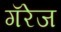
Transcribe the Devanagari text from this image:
गॅरेज